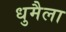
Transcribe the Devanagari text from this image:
धुमैला